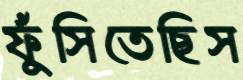
ফুঁসিতেছিস